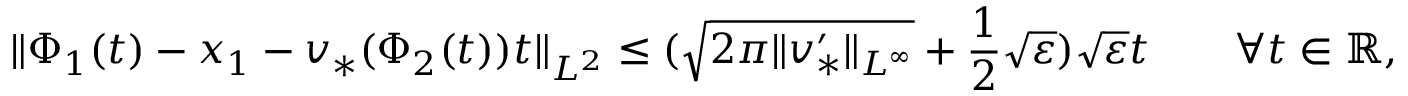
\| \Phi _ { 1 } ( t ) - x _ { 1 } - v _ { * } ( \Phi _ { 2 } ( t ) ) t \| _ { L ^ { 2 } } \leq ( \sqrt { 2 \pi \| v _ { * } ^ { \prime } \| _ { L ^ { \infty } } } + \frac { 1 } { 2 } \sqrt { \varepsilon } ) \sqrt { \varepsilon } t \qquad \forall t \in \mathbb { R } ,